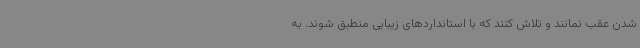
شدن عقب نمانند و تلاش کنند که با استانداردهای زیبایی منطبق شوند. به